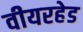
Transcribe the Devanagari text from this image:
वीयरहेड